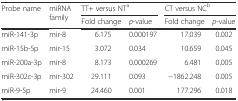
| <ROWSPAN=2> Probe name | <ROWSPAN=2> miRNA family | <COLSPAN=2> TT+ versus NTa | <COLSPAN=2> CT versus NCb |
 | Fold change | p-value | Fold change | p-value |
 | --- | --- | --- | --- | --- | --- |
 | miR-141-3p | mir-8 | 6.175 | 0.000197 | 17.039 | 0.002 |
 | miR-15b-5p | mir-15 | 3.072 | 0.034 | 10.659 | 0.045 |
 | miR-200a-3p | mir-8 | 8.173 | 0.000269 | 6.481 | 0.005 |
 | miR-302c-3p | mir-302 | 29.111 | 0.093 | −1862.248 | 0.005 |
 | miR-9-5p | mir-9 | 24.460 | 0.001 | 177.296 | 0.018 |